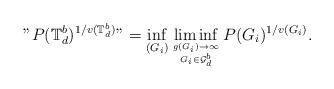
LaTeX: \begin{align*}"P(\mathbb{T}^b_d)^{1/v(\mathbb{T}^b_d)}"=\inf_{(G_i)}\liminf_{g(G_i)\to \infty \atop G_i\in \mathcal{G}^b_d}P(G_i)^{1/v(G_i)}.\end{align*}